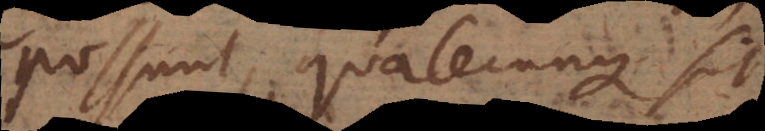
possunt, qualecunque sit